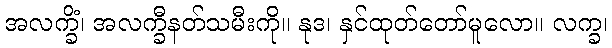
အလက္ခိံ၊ အလက္ခီနတ်သမီးကို။ နုဒ၊ နှင်ထုတ်တော်မူလော။ လက္ခ၊